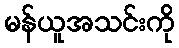
မန်ယူအသင်းကို